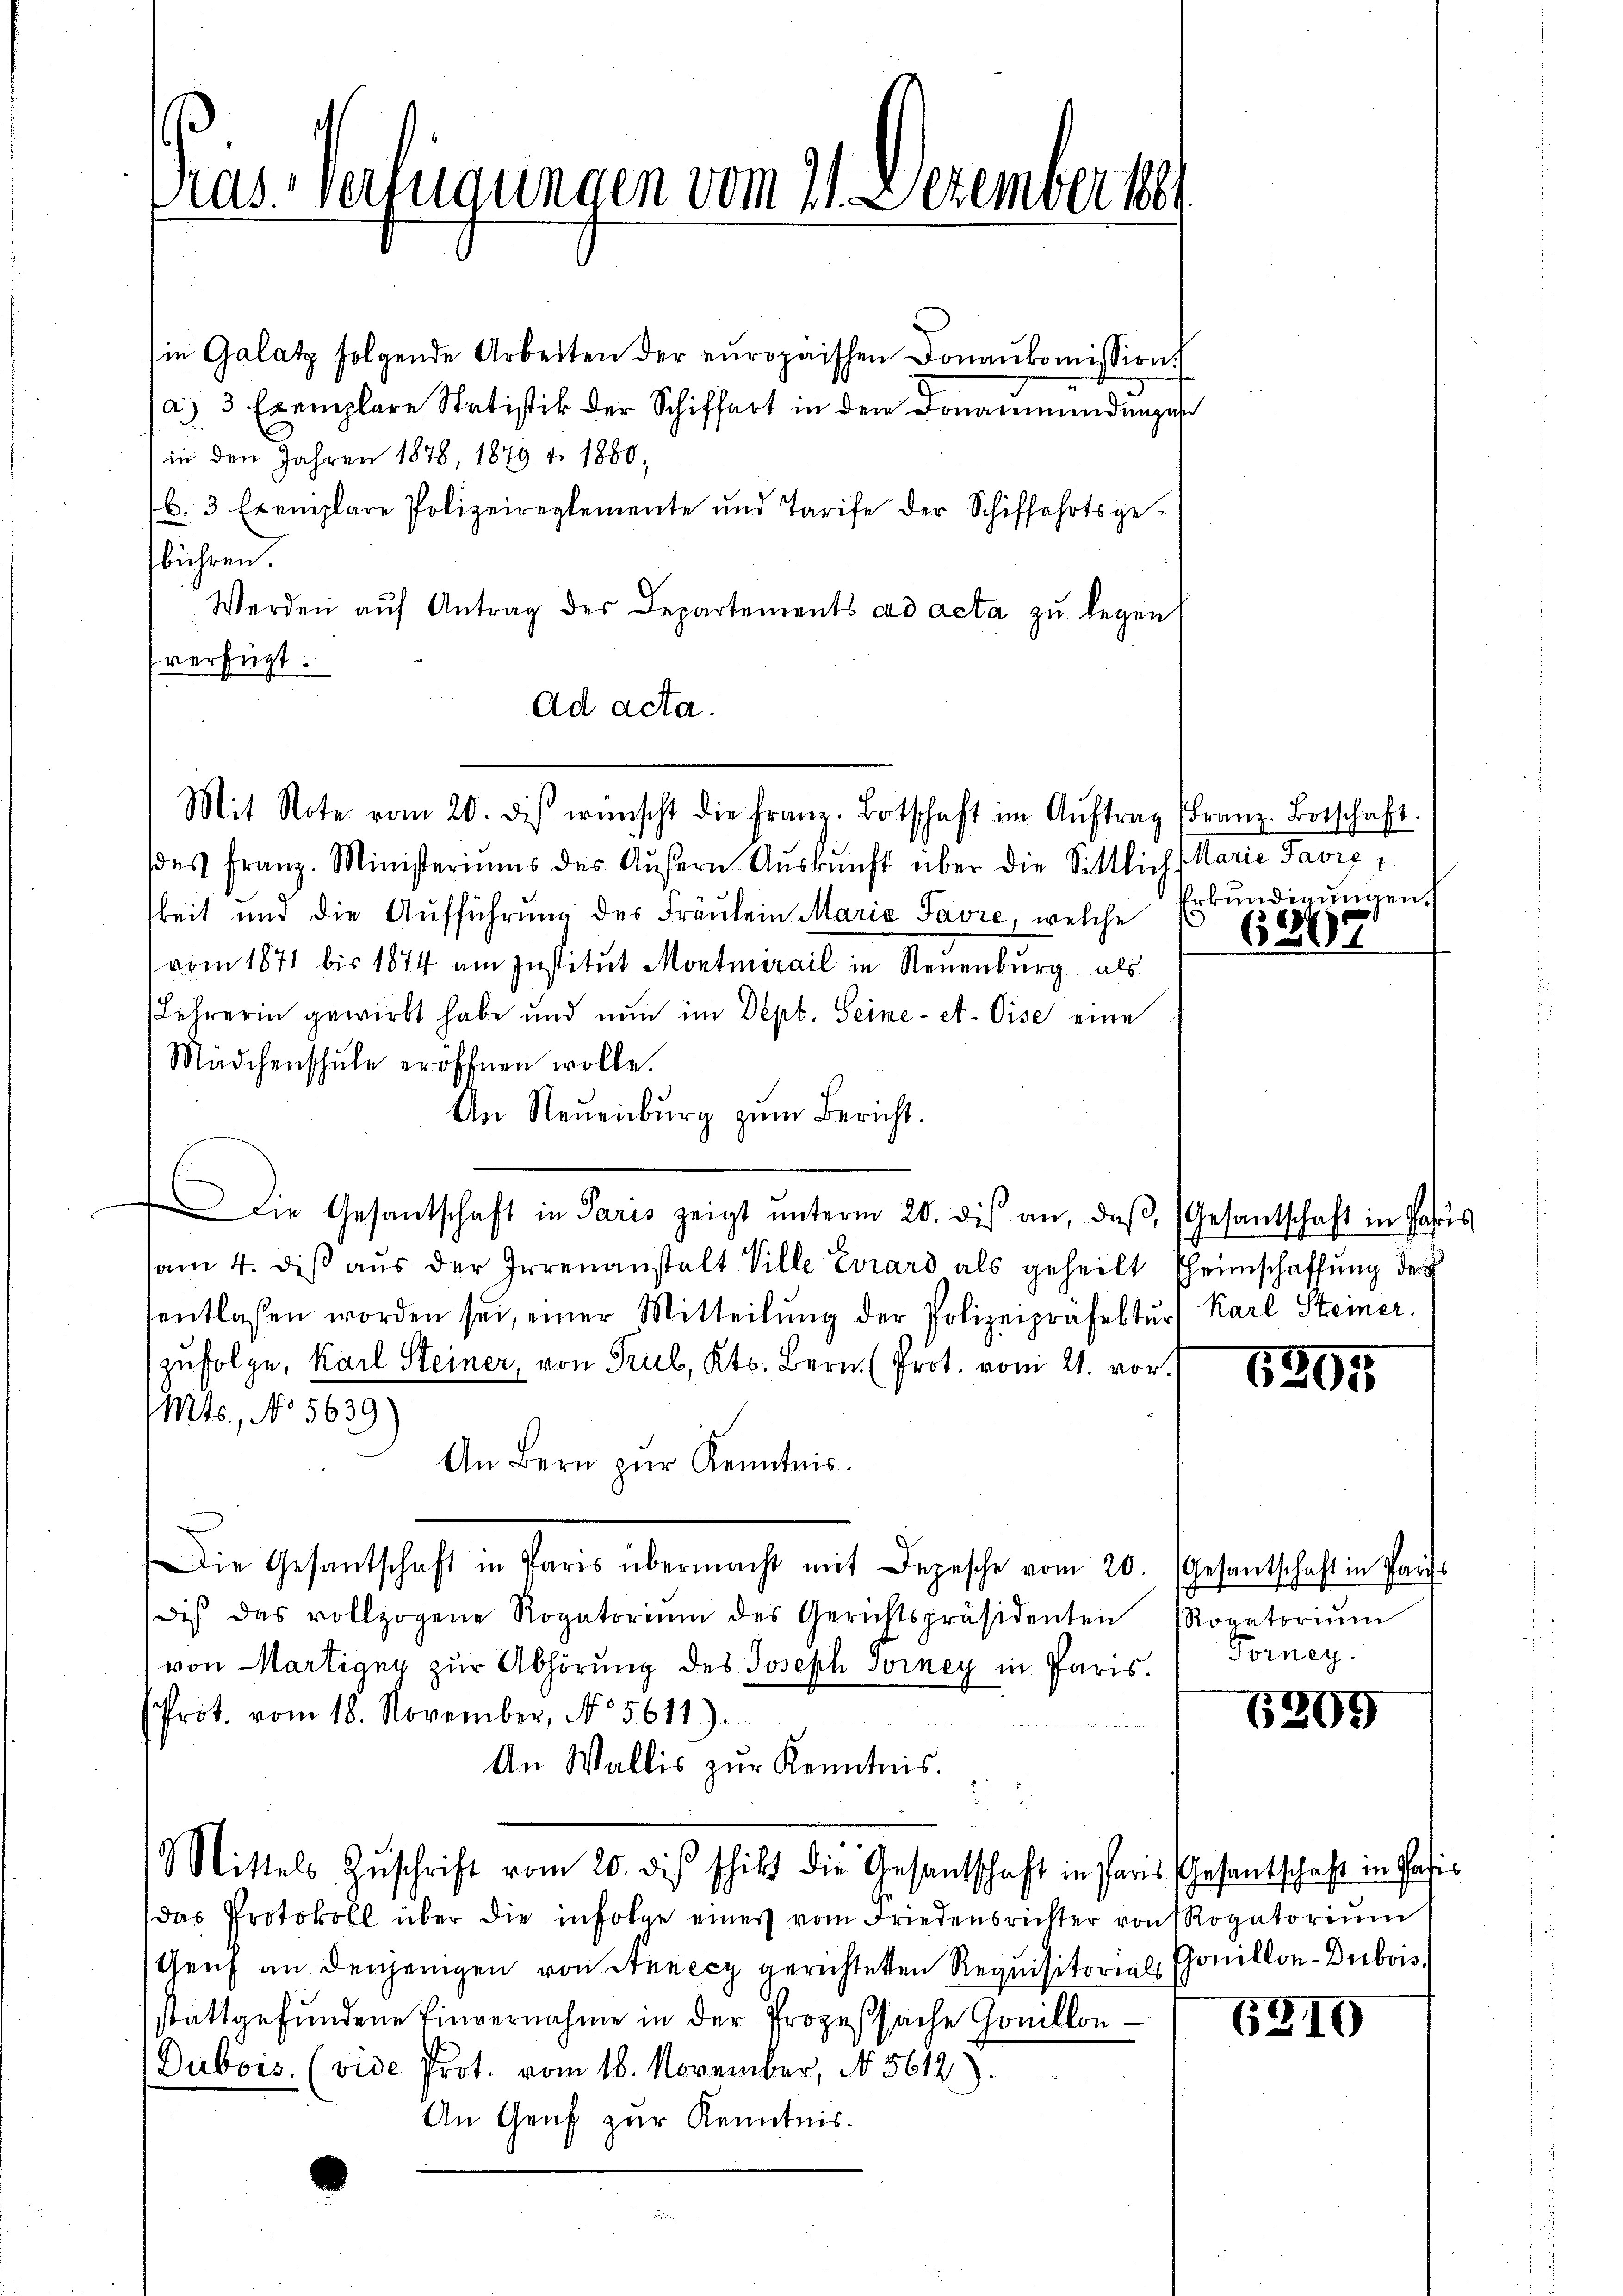
Sies Verfügungen vom 21. Dezember 18

ie Galatz folgende Arbeiten der europaischen Donaŭkoṁission.
a) 3 Exemplare Statistik der Schiffart in den Donaumündungen
in den Jahren 1878, 1879. v. 1880;
b. 3 Exemplare Polizeireglemente und Tarife der Schiffahrtsge-
bühren.
Werden auf Antrag des Departements ad acta zu legen
verfügt:
Ad acta.
Mit Note vom 20. des wünscht die franz. Botschaft im Aŭftrag (Franz-Botschaft.
des Franz. Ministeriums des Äußern Aŭskŭnft über die Sittlich Marie Paviz
keit und die Aufführung des Fräulein Maria Favre, welche
vom 1871 bis 1814 am Institut Montmirail in Neuenburg als
Lehrerin gewirbt habe und nun im Dept. Seine- et. Vise eine
Mädchenschule eröffnen wolle.
An Neuenburg zum Bericht.
Die Gesantschaft in Paris zeigt ŭnterm 20. dis an, daβ (Gesantschaft in Paris
sam 4. diβ aŭs der Irrenanstalt Ville Evrars als geheilt Theimschaffung der
sentlassen worden sei, einer Mitteilŭng der Polizeipräfektŭr) Karl Steiner
zufolge, Karl Steiner, von Trub, Kts. Bern (Prot. vom 21. vor.
Mts., No 5639)
An Bern zŭr Kenntnis.
Die Gesantschaft in Paris übermacht mit Depesche vom 20. Gesantschaft in Paris
dis das vollzogene Rogatorium des Gerichtspräsidenten Rogatoriŭm
von Martigny zur Abhörung des Joseph Soiney in Paris.
Prot. vom 18. November, No. 5611).
An Wallis zur Kenntnis.
Mittels Zŭschrift vom 20. dis schikt die Gesantschaft in Paris Gesantschaft in Pasis
das Protokoll über die infolge eines vom Friedensrichter von Rogatori
Genf an denjenigen von Stanicz gerichteten Requisitorial Gonillon-Dubois,
stattgefundene Einvernahme in der Prozeßsache Gonillon
Dubois. (vide Prot. vom 16. November, No. 5612).
An Genf zur Kenntnis.

Erkundigungen

684.

6295

Forney.

6209

6310